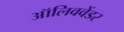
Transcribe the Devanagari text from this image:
ऑलिववेंडर